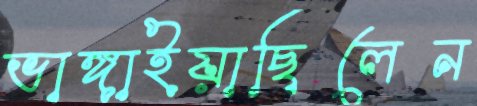
ভাঙ্গাইয়াছিলেন